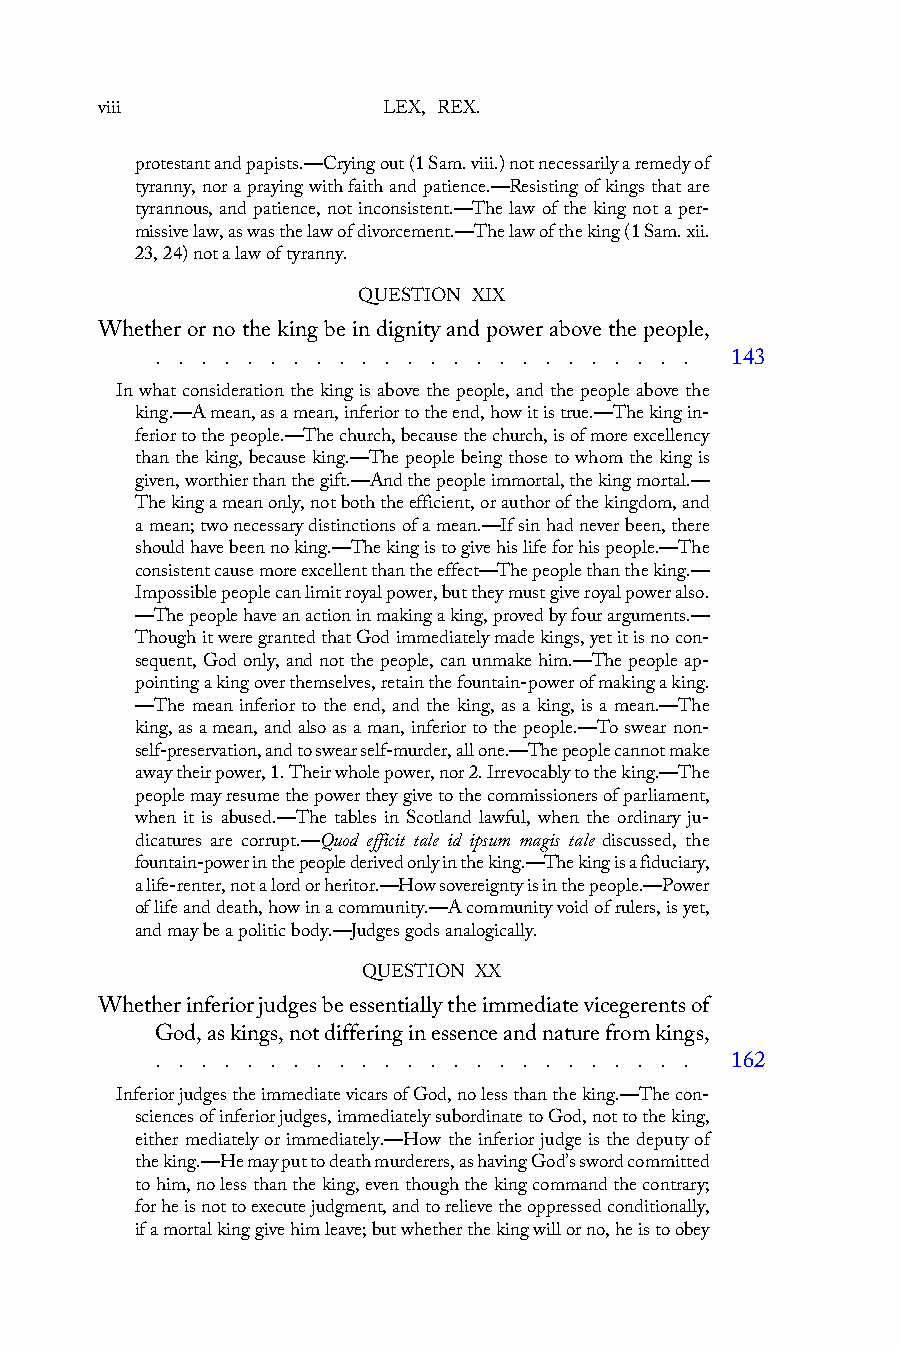
viii               LEX, REX.
 protestant and papists.—Crying out (1 Sam. viii.) not necessarily a remedy of
 tyranny, nor a praying with faith and patience.—Resisting of kings that are
 tyrannous, and patience, not inconsistent.—The law of the king not a per-
 missive law, as was the law of divorcement.—The law of the king (1 Sam. xii.
 23, 24) not a law of tyranny.
 QUESTION XIX
 Whether or no the king be in dignity and power above the people,
 . . . . . . . . . . . . . . . . . . . . . . . . 143
 In what consideration the king is above the people, and the people above the
 king.—A mean, as a mean, inferior to the end, how it is true.—The king in-
 ferior to the people.—The church, because the church, is of more excellency
 than the king, because king.—The people being those to whom the king is
 given, worthier than the gift.—And the people immortal, the king mortal.—
 The king a mean only, not both the efficient, or author of the kingdom, and
 a mean; two necessary distinctions of a mean.—If sin had never been, there
 should have been no king.—The king is to give his life for his people.—The
 consistent cause more excellent than the effect—The people than the king.—
 Impossible people can limit royal power, but they must give royal power also.
 —The people have an action in making a king, proved by four arguments.—
 Though it were granted that God immediately made kings, yet it is no con-
 sequent, God only, and not the people, can unmake him.—The people ap-
 pointing a king over themselves, retain the fountain-power of making a king.
 —The mean inferior to the end, and the king, as a king, is a mean.—The
 king, as a mean, and also as a man, inferior to the people.—To swear non-
 self-preservation, and to swear self-murder, all one.—The people cannot make
 away their power, 1. Their whole power, nor 2. Irrevocably to the king.—The
 people may resume the power they give to the commissioners of parliament,
 when it is abused.—The tables in Scotland lawful, when the ordinary ju-
 dicatures are corrupt.—Quod efficit tale id ipsum magis tale discussed, the
 fountain-power in the people derived only in the king.—The king is a fiduciary,
 a life-renter, not a lord or heritor.—How sovereignty is in the people.—Power
 of life and death, how in a community.—A community void of rulers, is yet,
 and may be a politic body.—Judges gods analogically.
 QUESTION XX
 Whether inferior judges be essentially the immediate vicegerents of
 God, as kings, not differing in essence and nature from kings,
 . . . . . . . . . . . . . . . . . . . . . . . . 162
 Inferior judges the immediate vicars of God, no less than the king.—The con-
 sciences of inferior judges, immediately subordinate to God, not to the king,
 either mediately or immediately.—How the inferior judge is the deputy of
 the king.—He may put to death murderers, as having God’s sword committed
 to him, no less than the king, even though the king command the contrary;
 for he is not to execute judgment, and to relieve the oppressed conditionally,
 if a mortal king give him leave; but whether the king will or no, he is to obey